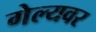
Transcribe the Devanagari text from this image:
गेल्यवर